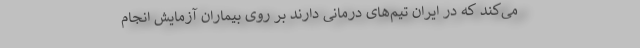
می‌کند که در ایران تیم‌های درمانی دارند بر روی بیماران آزمایش انجام